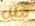
مثل